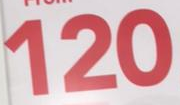
120